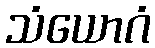
သံယောဂံ